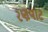
રણવાટ